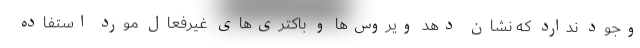
وجود ندارد که نشان دهد ویروس‌ها و باکتری‌های غیرفعال مورد استفاده